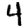
Digit: 4